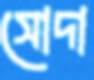
সোদা